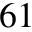
^ { 6 1 }